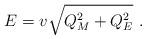
LaTeX: \begin{align*}E = v \sqrt{Q_M^2 + Q_E^2} \,\, .\end{align*}